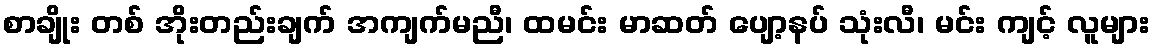
စာချိုး တစ် အိုးတည်းချက် အကျက်မညီ၊ ထမင်း မာဆတ် ပျော့နပ် သုံးလီ၊ မင်း ကျင့် လူများ